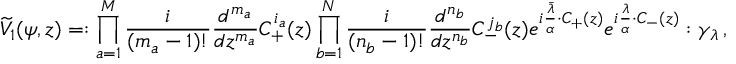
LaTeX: \widetilde V _ { 1 } ( \psi , z ) = : \prod _ { a = 1 } ^ { M } { \frac { i } { ( m _ { a } - 1 ) ! } } { \frac { d ^ { m _ { a } } } { d z ^ { m _ { a } } } } C _ { + } ^ { i _ { a } } ( z ) \prod _ { b = 1 } ^ { N } { \frac { i } { ( n _ { b } - 1 ) ! } } { \frac { d ^ { n _ { b } } } { d z ^ { n _ { b } } } } C _ { - } ^ { j _ { b } } ( z ) e ^ { i { \frac { \bar { \lambda } } { \alpha } } \cdot C _ { + } ( z ) } e ^ { i { \frac { \lambda } { \alpha } } \cdot C _ { - } ( z ) } : \gamma _ { \lambda } \, ,